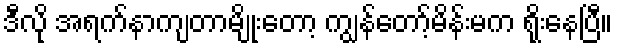
ဒီလို အရက်နာကျတာမျိုးတော့ ကျွန်တော့်မိန်းမက ရိုးနေပြီ။